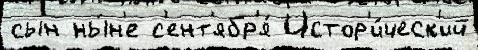
сын ны́н'е с'ент'ябр'я́ Истор'и́ческ'ий